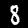
Label: 8